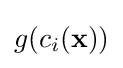
g(c_{i}(\mathbf {x} ))